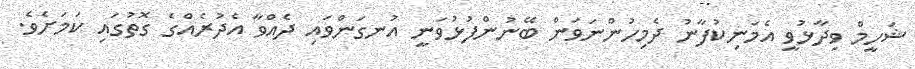
ޝަހީމް ވިދާޅުވީ އެމަނިކުފާނު ދެމިހުންނަވަން ބޭނުންފުޅުވަނީ އުނގަންވައި ދެއްވާ އެދުރެއްގެ ގޮތުގައި ކަމަށެވެ.